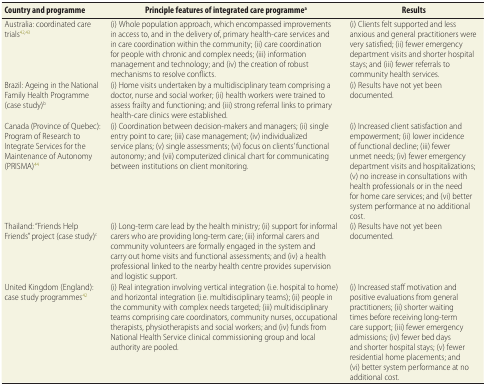
| Country and programme | Principle features of integrated care programmea | Results |
 | --- | --- | --- |
 | Australia: coordinated care trials42,43 | (i) Whole population approach, which encompassed improvements in access to, and in the delivery of, primary health-care services and in care coordination within the community; (ii) care coordination for people with chronic and complex needs; (iii) information management and technology; and (iv) the creation of robust mechanisms to resolve conflicts. | (i) Clients felt supported and less anxious and general practitioners were very satisfied; (ii) fewer emergency department visits and shorter hospital stays; and (iii) fewer referrals to community health services. |
 | Brazil: Ageing in the National Family Health Programme (case study)b | (i) Home visits undertaken by a multidisciplinary team comprising a doctor, nurse and social worker; (ii) health workers were trained to assess frailty and functioning; and (iii) strong referral links to primary health-care clinics were established. | (i) Results have not yet been documented. |
 | Canada (Province of Quebec): Program of Research to Integrate Services for the Maintenance of Autonomy (PRISMA)44 | (i) Coordination between decision-makers and managers; (ii) single entry point to care; (iii) case management; (iv) individualized service plans; (v) single assessments; (vi) focus on clients’ functional autonomy; and (vii) computerized clinical chart for communicating between institutions on client monitoring. | (i) Increased client satisfaction and empowerment; (ii) lower incidence of functional decline; (iii) fewer unmet needs; (iv) fewer emergency department visits and hospitalizations; (v) no increase in consultations with health professionals or in the need for home care services; and (vi) better system performance at no additional cost. |
 | Thailand: “Friends Help Friends” project (case study)c | (i) Long-term care lead by the health ministry; (ii) support for informal carers who are providing long-term care; (iii) informal carers and community volunteers are formally engaged in the system and carry out home visits and functional assessments; and (iv) a health professional linked to the nearby health centre provides supervision and logistic support. | (i) Results have not yet been documented. |
 | United Kingdom (England): case study programmes42 | (i) Real integration involving vertical integration (i.e. hospital to home) and horizontal integration (i.e. multidisciplinary teams); (ii) people in the community with complex needs targeted; (iii) multidisciplinary teams comprising care coordinators, community nurses, occupational therapists, physiotherapists and social workers; and (iv) funds from National Health Service clinical commissioning group and local authority are pooled. | (i) Increased staff motivation and positive evaluations from general practitioners; (ii) shorter waiting times before receiving long-term care support; (iii) fewer emergency admissions; (iv) fewer bed days and shorter hospital stays; (v) fewer residential home placements; and (vi) better system performance at no additional cost. |